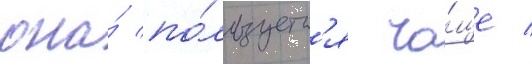
она́ по́льзуетс'я ча́ще /